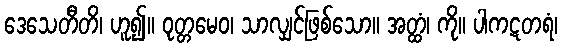
ဒေသေတီတိ၊ ဟူ၍။ ဝုတ္တမေဝ၊ သာလျှင်ဖြစ်သော။ အတ္ထံ၊ ကို။ ပါကဋတရံ၊